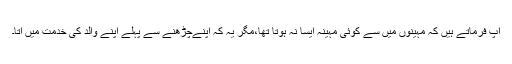
آپ فرماتے ہیں کہ مہینوں میں سے کوئی مہینہ ایسا نہ ہوتا تھا،مگر یہ کہ اپنےچڑھنے سے پہلے اپنے والد کی خدمت میں آتا۔